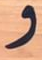
و